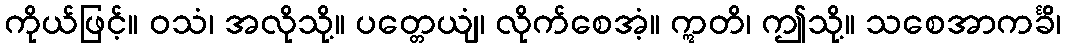
ကိုယ်ဖြင့်။ ဝသံ၊ အလိုသို့။ ပတ္တေယျံ၊ လိုက်စေအံ့။ ဣတိ၊ ဤသို့။ သစေအာကင်္ခိ၊